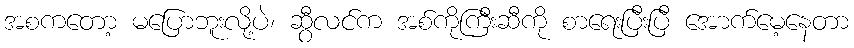
အစကတော့ မပြောဘူးလို့ပဲ၊ ဆွီလင်က အစ်ကိုကြီးဆီကို စာရေးပြီးပြီ အောက်မေ့နေတာ